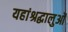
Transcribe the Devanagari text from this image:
यहांश्रद्धालुओं